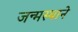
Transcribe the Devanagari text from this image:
जन्मस्थाने